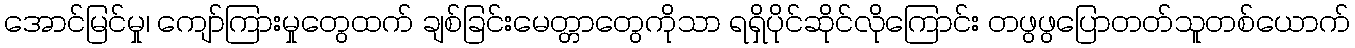
အောင်မြင်မှု၊ ကျော်ကြားမှုတွေထက် ချစ်ခြင်းမေတ္တာတွေကိုသာ ရရှိပိုင်ဆိုင်လိုကြောင်း တဖွဖွပြောတတ်သူတစ်ယောက်